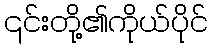
၎င်းတို့၏ကိုယ်ပိုင်